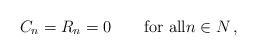
LaTeX: \begin{align*}C_n=R_n=0\qquad\mbox{for all}n\in N\,,\end{align*}